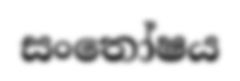
සංතෝෂය